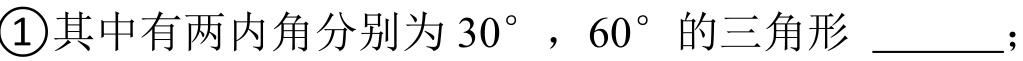
\textcircled{1}其中有两内角分别为 \(30^{\circ}\)，\(60^{\circ}\) 的三角形 \underline{\qquad}；